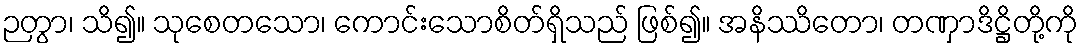
ဉတွာ၊ သိ၍။ သုစေတသော၊ ကောင်းသောစိတ်ရှိသည် ဖြစ်၍။ အနိဿိတော၊ တဏှာဒိဋ္ဌိတို့ကို